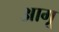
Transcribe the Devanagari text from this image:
आगू